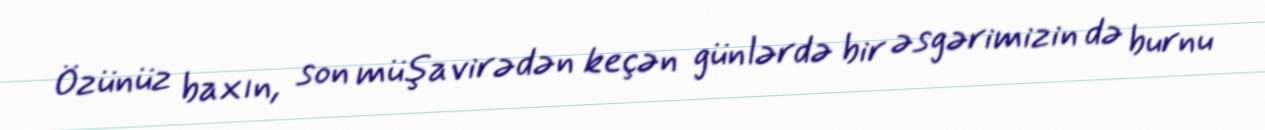
Özünüz baxın, son müşavirədən keçən günlərdə bir əsgərimizin də burnu